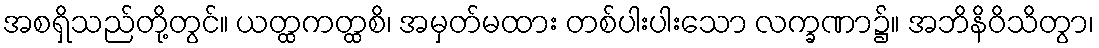
အစရှိသည်တို့တွင်။ ယတ္ထကတ္ထစိ၊ အမှတ်မထား တစ်ပါးပါးသော လက္ခဏာ၌။ အဘိနိဝိသိတွာ၊